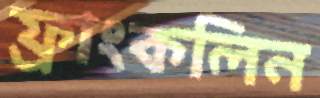
ফ্রাংকলিন